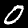
Digit: 0